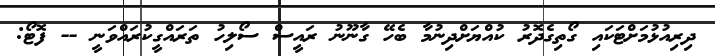
ދިރިއުޅުމަށްޓަކައި ގޯތިގެދޮރު ކުއްޔަށްދިނުމާ ބެހޭ ގާނޫނު ރައީސް ސޯލިހު ތަރައްގީކުރައްވަނީ -- ފޮޓޯ: